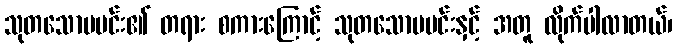
သုတသောမမင်း၏ တရား စကားကြောင့် သုတသောမမင်းနှင့် အတူ လိုက်ပါလာတယ်၊